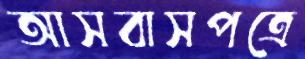
আসবাসপত্রে